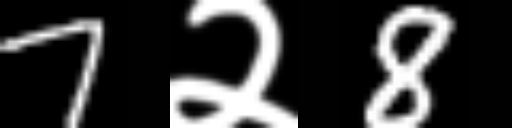
Text: 7२8